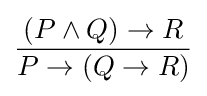
{\frac {(P\land Q)\to R}{P\to (Q\to R)}}